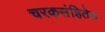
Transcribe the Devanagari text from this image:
चरकसंहितेत